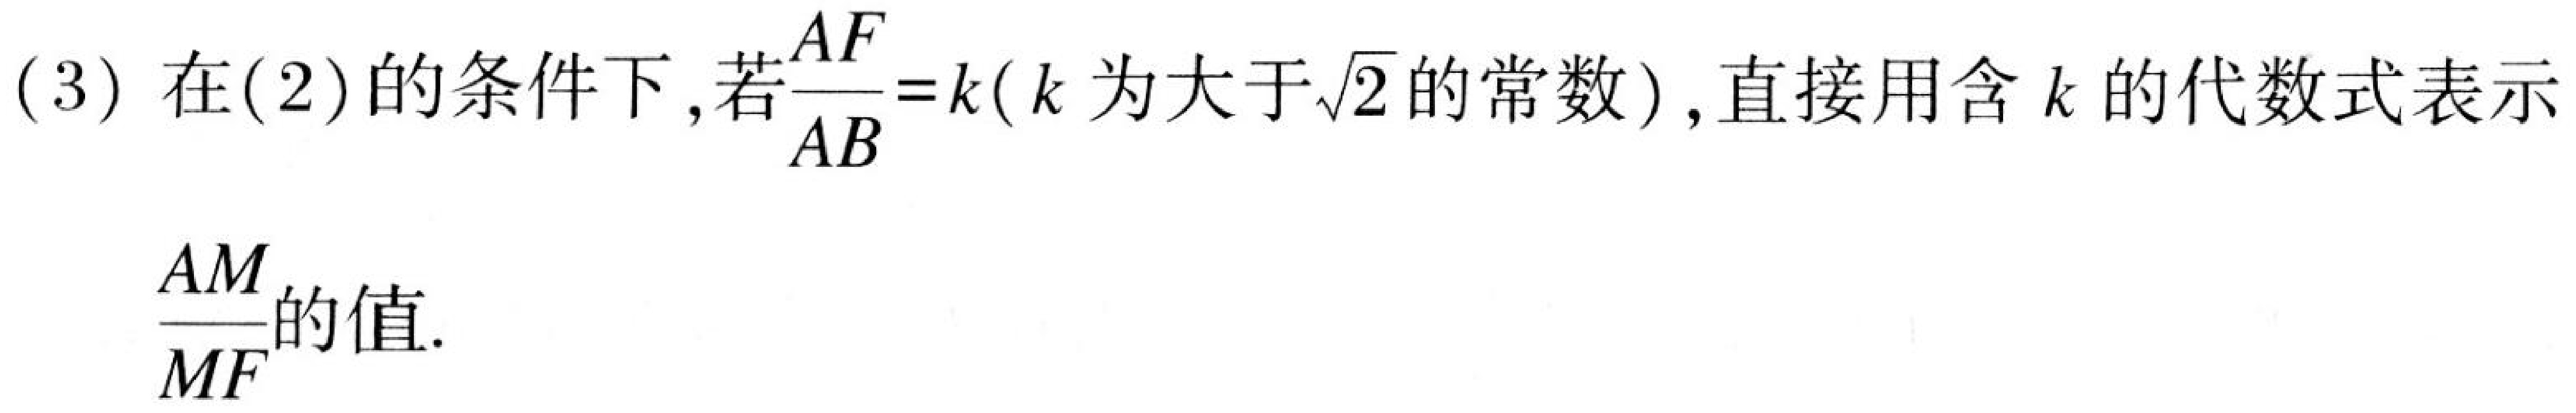
(3) 在(2)的条件下,若$\dfrac{AF}{AB}=k$($k$为大于$\sqrt{2}$的常数),直接用含$k$的代数式表示$\dfrac{AM}{MF}$的值.